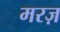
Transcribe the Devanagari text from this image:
मरज़